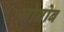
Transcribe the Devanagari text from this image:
जोनोब